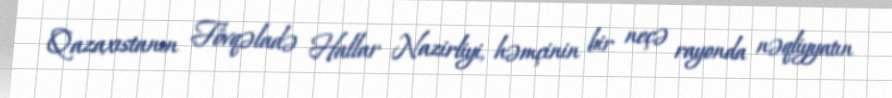
Qazaxıstanın Fövqəladə Hallar Nazirliyi, həmçinin bir neçə rayonda nəqliyyatın